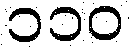
၁၁၀